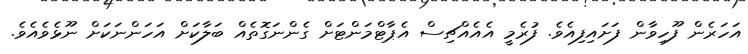
އަހަރެން ފޫހިވާން ފަށައިފިއެވެ. ފުރެމީ އެއެއްޗިސް އެޕާޓްމަންޓަށް ގެންނަގޮތެއް ބަލާކަށް އަހަންނަކަށް ނޫޅެވެއެވެ.